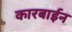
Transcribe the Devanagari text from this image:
कारबाईन